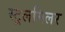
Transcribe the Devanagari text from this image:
स्टूलमिलर